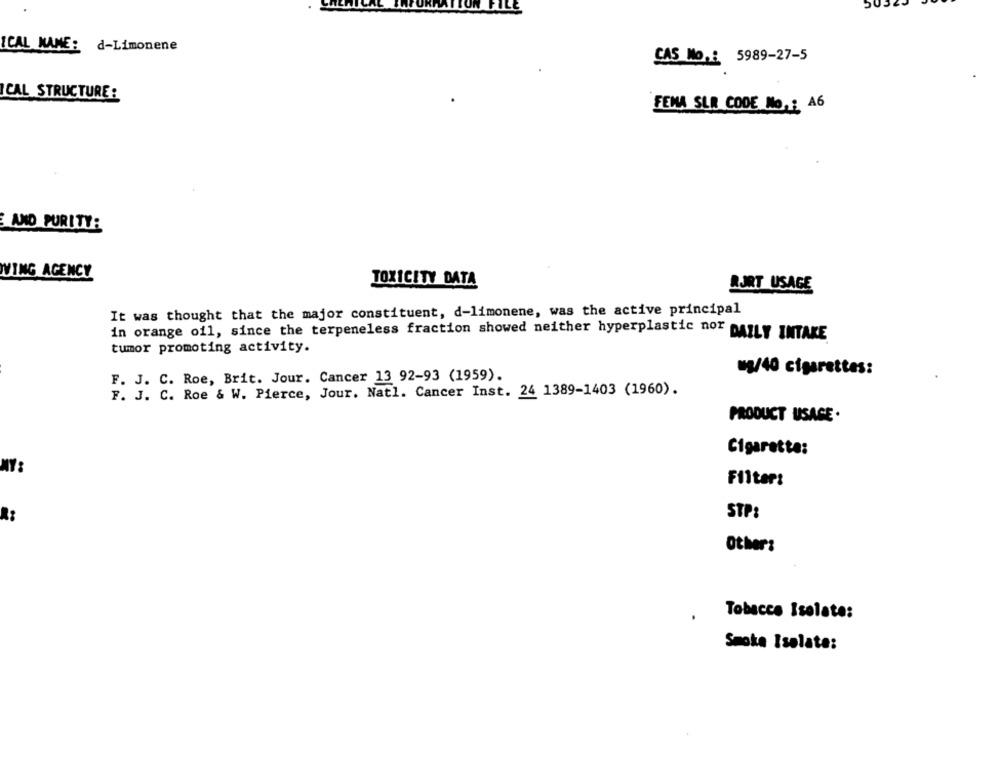
ICAL NAME: d-Limonene
CAS No .: 5989-27-5
ICAL STRUCTURE:
FEMA SLR CODE No ,: A6
AND PURITY:
VING AGENCY
TOXICITY DATA
RJRT USAGE
It was thought that the major constituent, d-limonene, was the active principal
in orange oil, since the terpeneless fraction showed neither hyperplastic nor DAILY INTAKE
tumor promoting activity.
F. J. C. Roe, Brit. Jour. Cancer 13 92-93 (1959).
wg/40 cigarettes:
F. J. C. Roe & W. Pierce, Jour. Natl. Cancer Inst. 24 1389-1403 (1960).
PRODUCT USAGE.
Cigarette:
Filter:
STP:
R:
Other:
Tobacco Isolate:
Smoke Isolate: